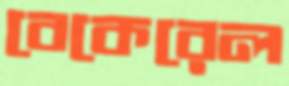
বেকেরেল